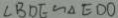
\angle B D E \sim \Delta E D O